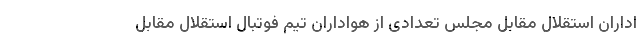
اداران استقلال مقابل مجلس تعدادی از هواداران تیم فوتبال استقلال مقابل